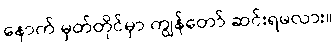
နောက် မှတ်တိုင်မှာ ကျွန်တော် ဆင်းရမလား။